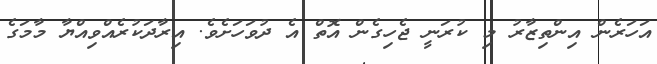
އަހަރެން އިންތިޒާރު މި ކުރަނީ ޖެހިގެން އޮތް އެ ދުވަހަށެވެ. އިރާދަކުރެއްވިއްޔާ މާމަގެ